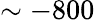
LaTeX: \sim-800